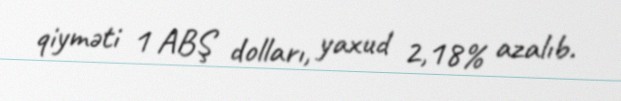
qiyməti 1 ABŞ dolları, yaxud 2,18% azalıb.